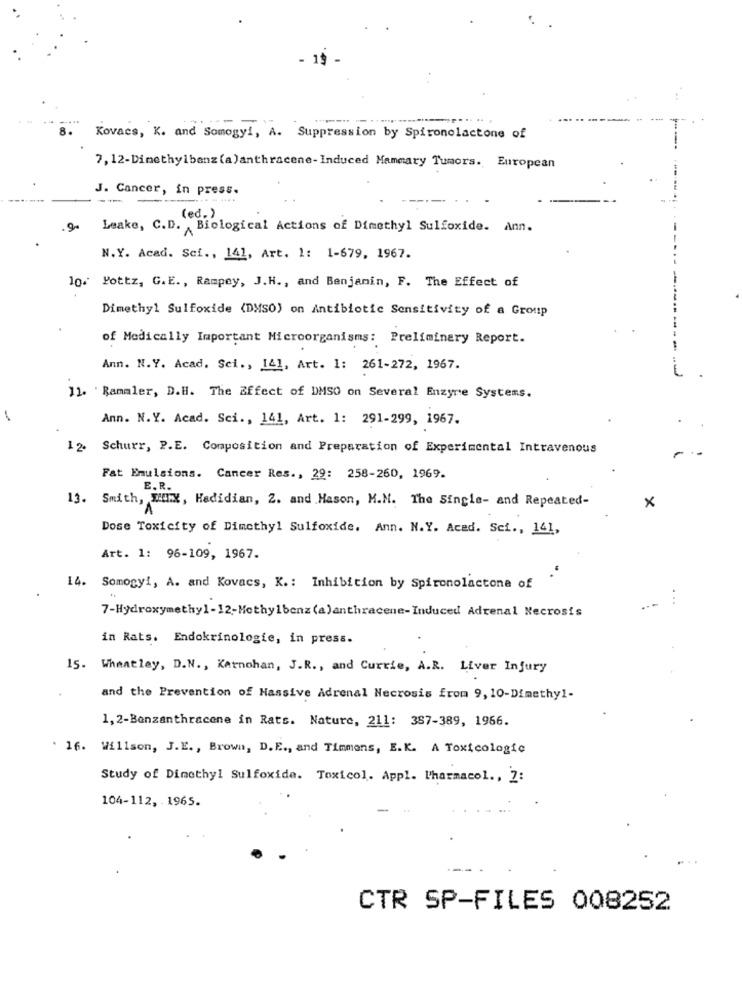
- 19
8.
Kovacs, K. and Somogyi, A. Suppression by Spironolactone of
7, 12-Dimethylbenz (a)anthracene-Induced Mammary Tumors. European
J. Cancer, in press.
...
(ed. )
.9-
Leake, C.D. Biological Actions of Dimethyl Sulfoxide. Ann.
N.Y. Acad. Sci ., 141, Art. 1: 1-679, 1967.
10. Pottz, G.E ., Rampey, J.H ., and Benjamin, F. The Effect of
Dimethyl Sulfoxide (DMSO) on Antibiotic Sensitivity of a Group
of Medically Important Microorganisms: Preliminary Report.
Ann. N.Y. Acad. Sei ., 141, Art. 1: 261-272, 1967.
--------
11. Rammler, D.H. The Effect of DMSO on Several Enzyre Systems.
Ann. N.Y. Acad. Sci ., 141, Art. 1: 291-299, 1967.
12. Schurr, P.E. Composition and Preparation of Experimental Intravenous
Fat Emulsions. Cancer Res ., 29: 258-260, 1969.
E. R.
13. Smith, TX, Hedidian, 2. and Hason, M.M. The Single- and Repeated-
x
Dose Toxicity of Dimethyl Sulfoxide. Ann. N.Y. Aced. Sci ., 141,
Art. 1: 96-109, 1967.
14. Somogyi, A. and Kovacs, K. : Inhibition by Spironolactone of
..
7-Hydroxymethyl-12-Methylbenz (a)anthracene-Induced Adrenal Necrosis
in Rats. Endokrinologie, in press.
15. Wheatley, D.N ., Karnohan, J.R ., and Currie, A.R. Liver Injury
and the Prevention of Massive Adrenal Necrosis from 9, 10-Dimethyl-
1,2-Benzanthracene in Rats. Nature, 211: 387-389, 1966.
16. Willson, J.E ., Brown, D. E ., and Timmens, E.K. A Toxicologie
Study of Dimethyl Sulfoxide. Toxicol. Appl. Pharmacol ., 2:
104-112, 1965.
CTR SP-FILES 008252